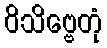
ဝိသိဗ္ဗေတုံ